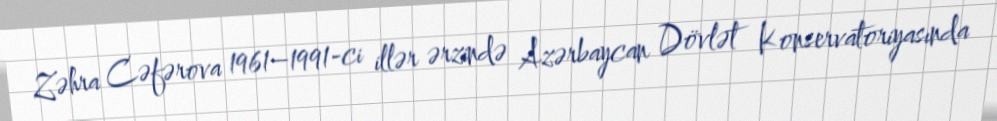
Zəhra Cəfərova 1961–1991-ci illər ərzində Azərbaycan Dövlət Konservatoriyasında